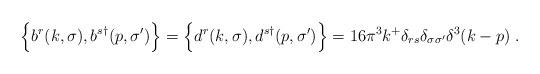
LaTeX: \begin{align*}\Bigl\{b^r(k,\sigma),b^{s\dagger}(p,\sigma')\Bigr\}=\Bigl\{d^r(k,\sigma),d^{s\dagger}(p,\sigma')\Bigr\}= 16\pi^3 k^+ \delta_{rs} \delta_{\sigma \sigma'} \delta^3(k-p) \;.\end{align*}